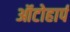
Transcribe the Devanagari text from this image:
ऑटोहार्प